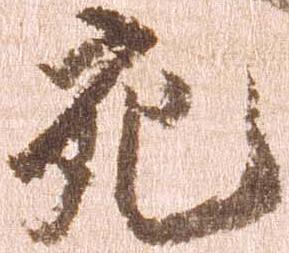
充